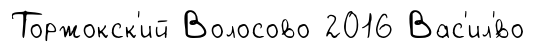
Торжокск'ий Волосово 2016 Вас'ил'́во